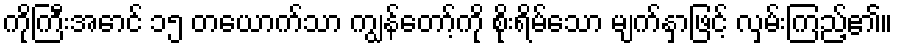
ကိုကြီးအောင် ၁၅ တယောက်သာ ကျွန်တော့်ကို စိုးရိမ်သော မျက်နှာဖြင့် လှမ်းကြည့်၏။